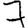
Digit: 7